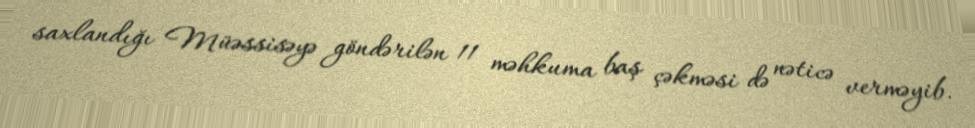
saxlandığı Müəssisəyə göndərilən 11 məhkuma baş çəkməsi də nəticə verməyib.